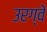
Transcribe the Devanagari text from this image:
उरग्वे